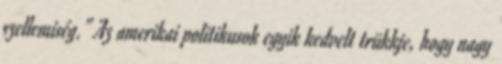
szellemiség.” Az amerikai politikusok egyik kedvelt trükkje, hogy nagy